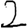
Digit: 2